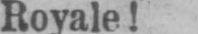
Royale!